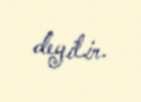
deyilir.